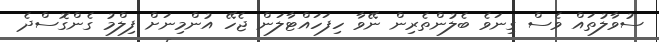
ސުވާލުތައް ވެސް ގިނަވެ ބެލުންތެރިން ނޭވާ ހިފަހައްޓާލަން ޖެހޭ އުންމިނަށް ފިލްމު ގެންގޮސްދެ